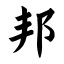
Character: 邦